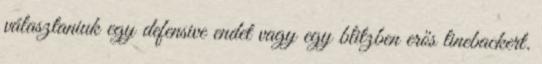
választaniuk egy defensive endet vagy egy blitzben erős linebackert.